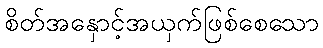
စိတ်အနှောင့်အယှက်ဖြစ်စေသော